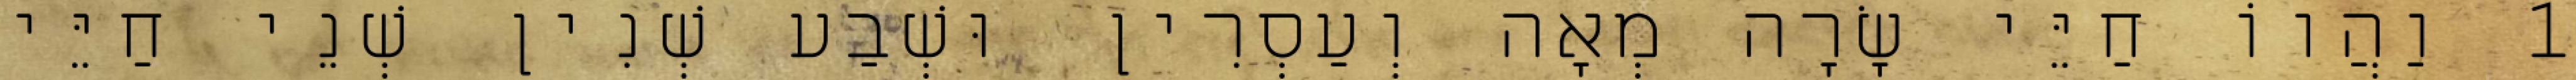
1 וַהֲווֹ חַיֵּי שָׂרָה מְאָה וְעַסְרִין וּשְׁבַע שְׁנִין שְׁנֵי חַיֵּי